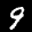
Label: 9